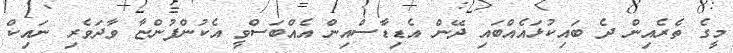
މީގެ ތެރެއިން ދެ ބައިކުޅައެއްބައި ދޭން އެޑިޑާސްއިން އެއްބަސްވީ އެކުންފުންޏާ ވާދަވެރި ނައިކް